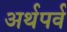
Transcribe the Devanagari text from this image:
अर्थपर्व